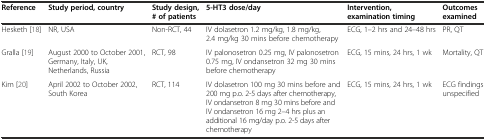
| Reference | Study period, country | Study design, # of patients | 5-HT3 dose/day | Intervention, examination timing | Outcomes examined |
 | --- | --- | --- | --- | --- | --- |
 | Hesketh [18] | NR, USA | Non-RCT, 44 | IV dolasetron 1.2 mg/kg, 1.8 mg/kg, 2.4 mg/kg 30 mins before chemotherapy | ECG, 1–2 hrs and 24–48 hrs | PR, QT |
 | Gralla [19] | August 2000 to October 2001, Germany, Italy, UK, Netherlands, Russia | RCT, 98 | IV palonosetron 0.25 mg, IV palonosetron 0.75 mg, IV ondansetron 32 mg 30 mins before chemotherapy | ECG, 15 mins, 24 hrs, 1 wk | Mortality, QT |
 | Kim [20] | April 2002 to October 2002, South Korea | RCT, 114 | IV dolasetron 100 mg 30 mins before and 200 mg p.o. 2-5 days after chemotherapy, IV ondansetron 8 mg 30 mins before and IV ondansetron 16 mg 2–4 hrs plus an additional 16 mg/day p.o. 2-5 days after chemotherapy | ECG, 15 mins, 24 hrs, 1 wk | ECG findings unspecified |